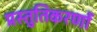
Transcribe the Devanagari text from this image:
प्रस्तुतिकरणों